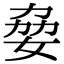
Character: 姭